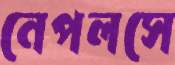
নেপলসে